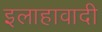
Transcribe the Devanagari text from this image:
इलाहावादी